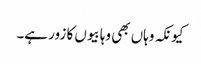
کیونکہ وہاں بھی وہابیوں کا زور ہے۔